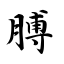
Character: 膊